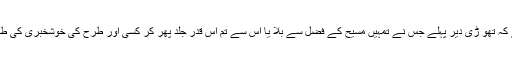
لیکن مجھے تعجب ہے کہ تھو ڑی دیر پہلے جس نے تمہیں مسیح کے فضل سے بلا یا اس سے تم اس قدر جلد پھر کر کسی اور طرح کی خوشخبری کی طرف مائل ہو نے لگے ۔